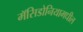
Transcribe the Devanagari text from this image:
मॅसिडोनियामधील